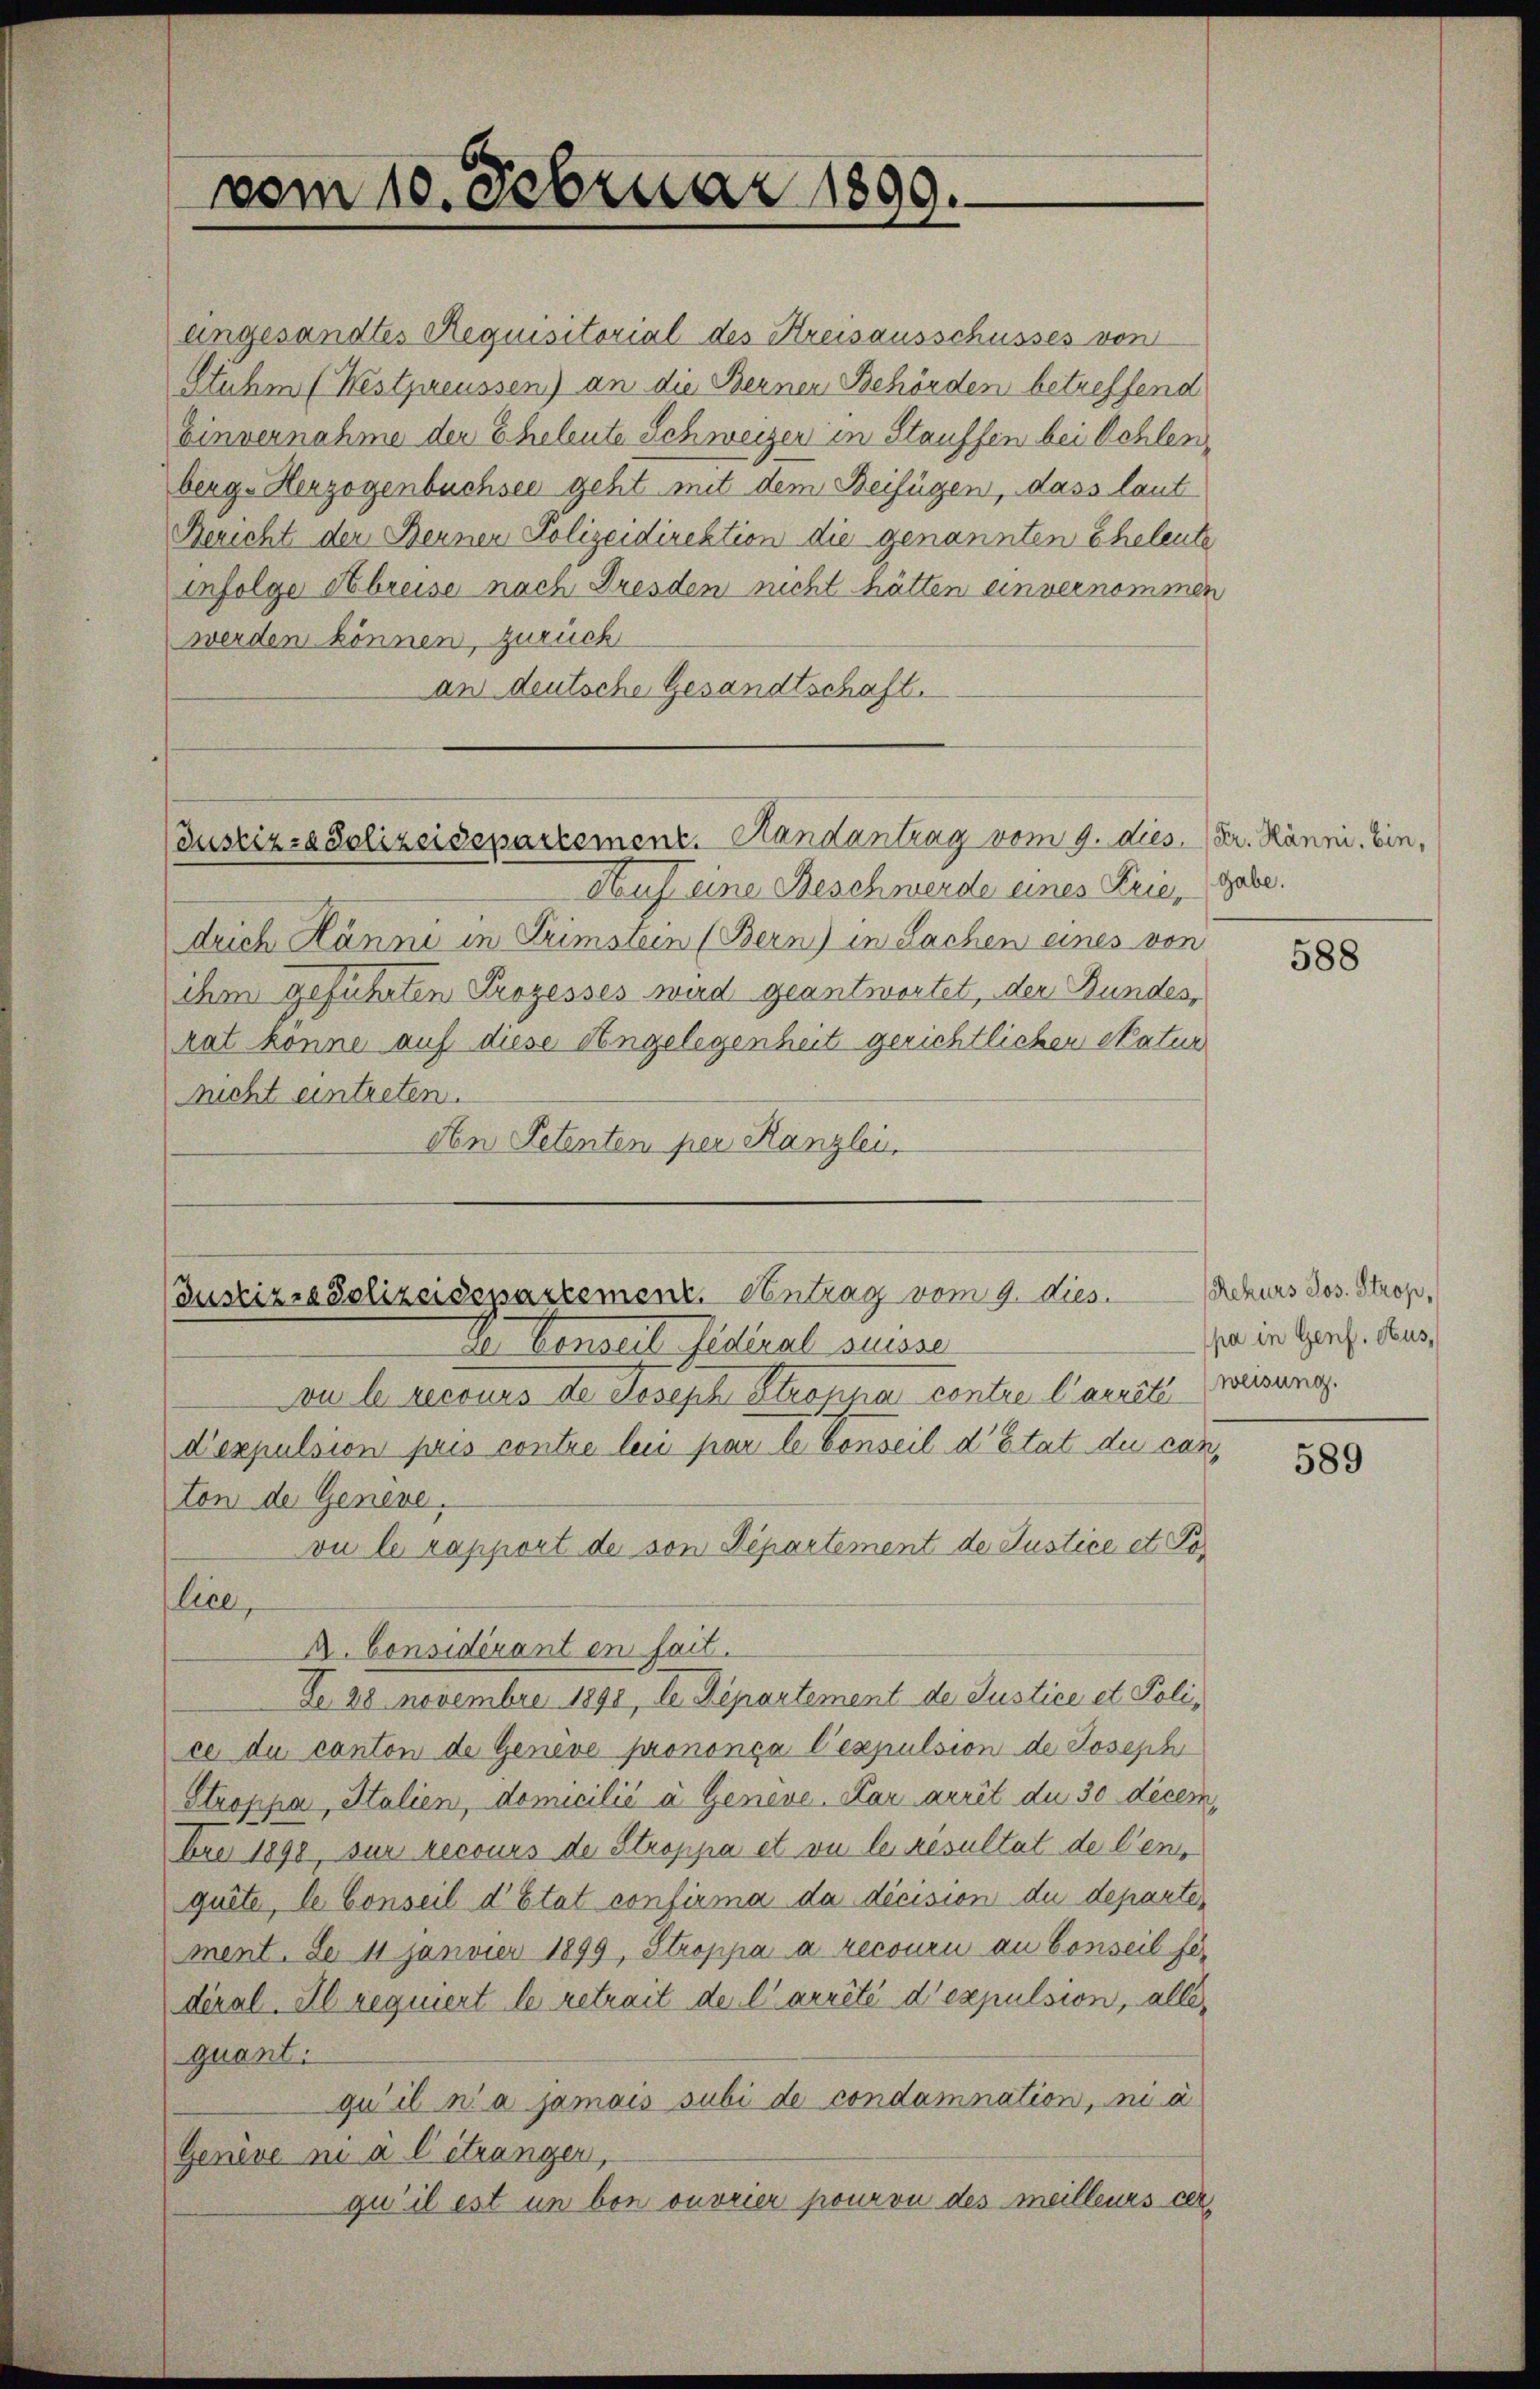
vom 10. Februar 1899.

eingesandtes Requisitorial des Kreisausschusses von
Stuhm (Westpreussen) an die Bernen Behörden betreffend
Einvernahme der Eheleute Schweizer in Stauffen bei Schlen,
berg-Herzogenbuchsee geht mit dem Beifügen, dass laut
Bericht der Bernen Polizeidirektion die genannten Eheleute
infolge Abreise nach Dresden nicht hätten einvernommen
werden können, zurück
an deutsche Gesandtschaft.

Auf eine Beschwerde eines Krie, gabe.
drich Hänni in Grimstein (Bern) in Sachen eines von
ihm geführten Prozesses wird geantwortet, der Bundes,
rat könne auf diese Angelegenheit gerichtlichen Natur
nicht eintreten.
An Petenten per Kanzlei

Justiz- & Polizeidepartement. Handantrag vom 9. dies. (Dr. Känni. Ein¬

Justiz & Polizeidepartement. Antrag vom 9. dies
al Conseil fédéral suisse

vu le recours de Joseph Stroppa contre Carrête weisung.
Dexpulsion pris contre leis par le Conseil d’Etat du canton der Geneve.
vu le rapport de von Departement de Justice et Police,
A. Considérant en fait.
do 28 Novembre 1890, Se. Departement de Justice et Police du canton de Geneve prononça l’expulsion de Joseph
Stroppa, Italien, domicilié à Geneve. Par arrêt du 30 decem
bre 1890, sur recours de Stroppa et ou le resultat de Cen
quite, le Conseil d’Etat confirma da dicision du departement. De 11 Janvier 1899, Stroppa a recouri au Conseil für
diral. Il requiert le retrait der Carrêté d’expulsion, alle,
quant.
qu’ il n’a jamais subi de condamnation, ni à
Genève ni a l étranger,
qu’ il est un bon ouvrier pouron des meilleurs cer.

588

Rekurs Jos. Strop,
pa in Genf. Hus,

589